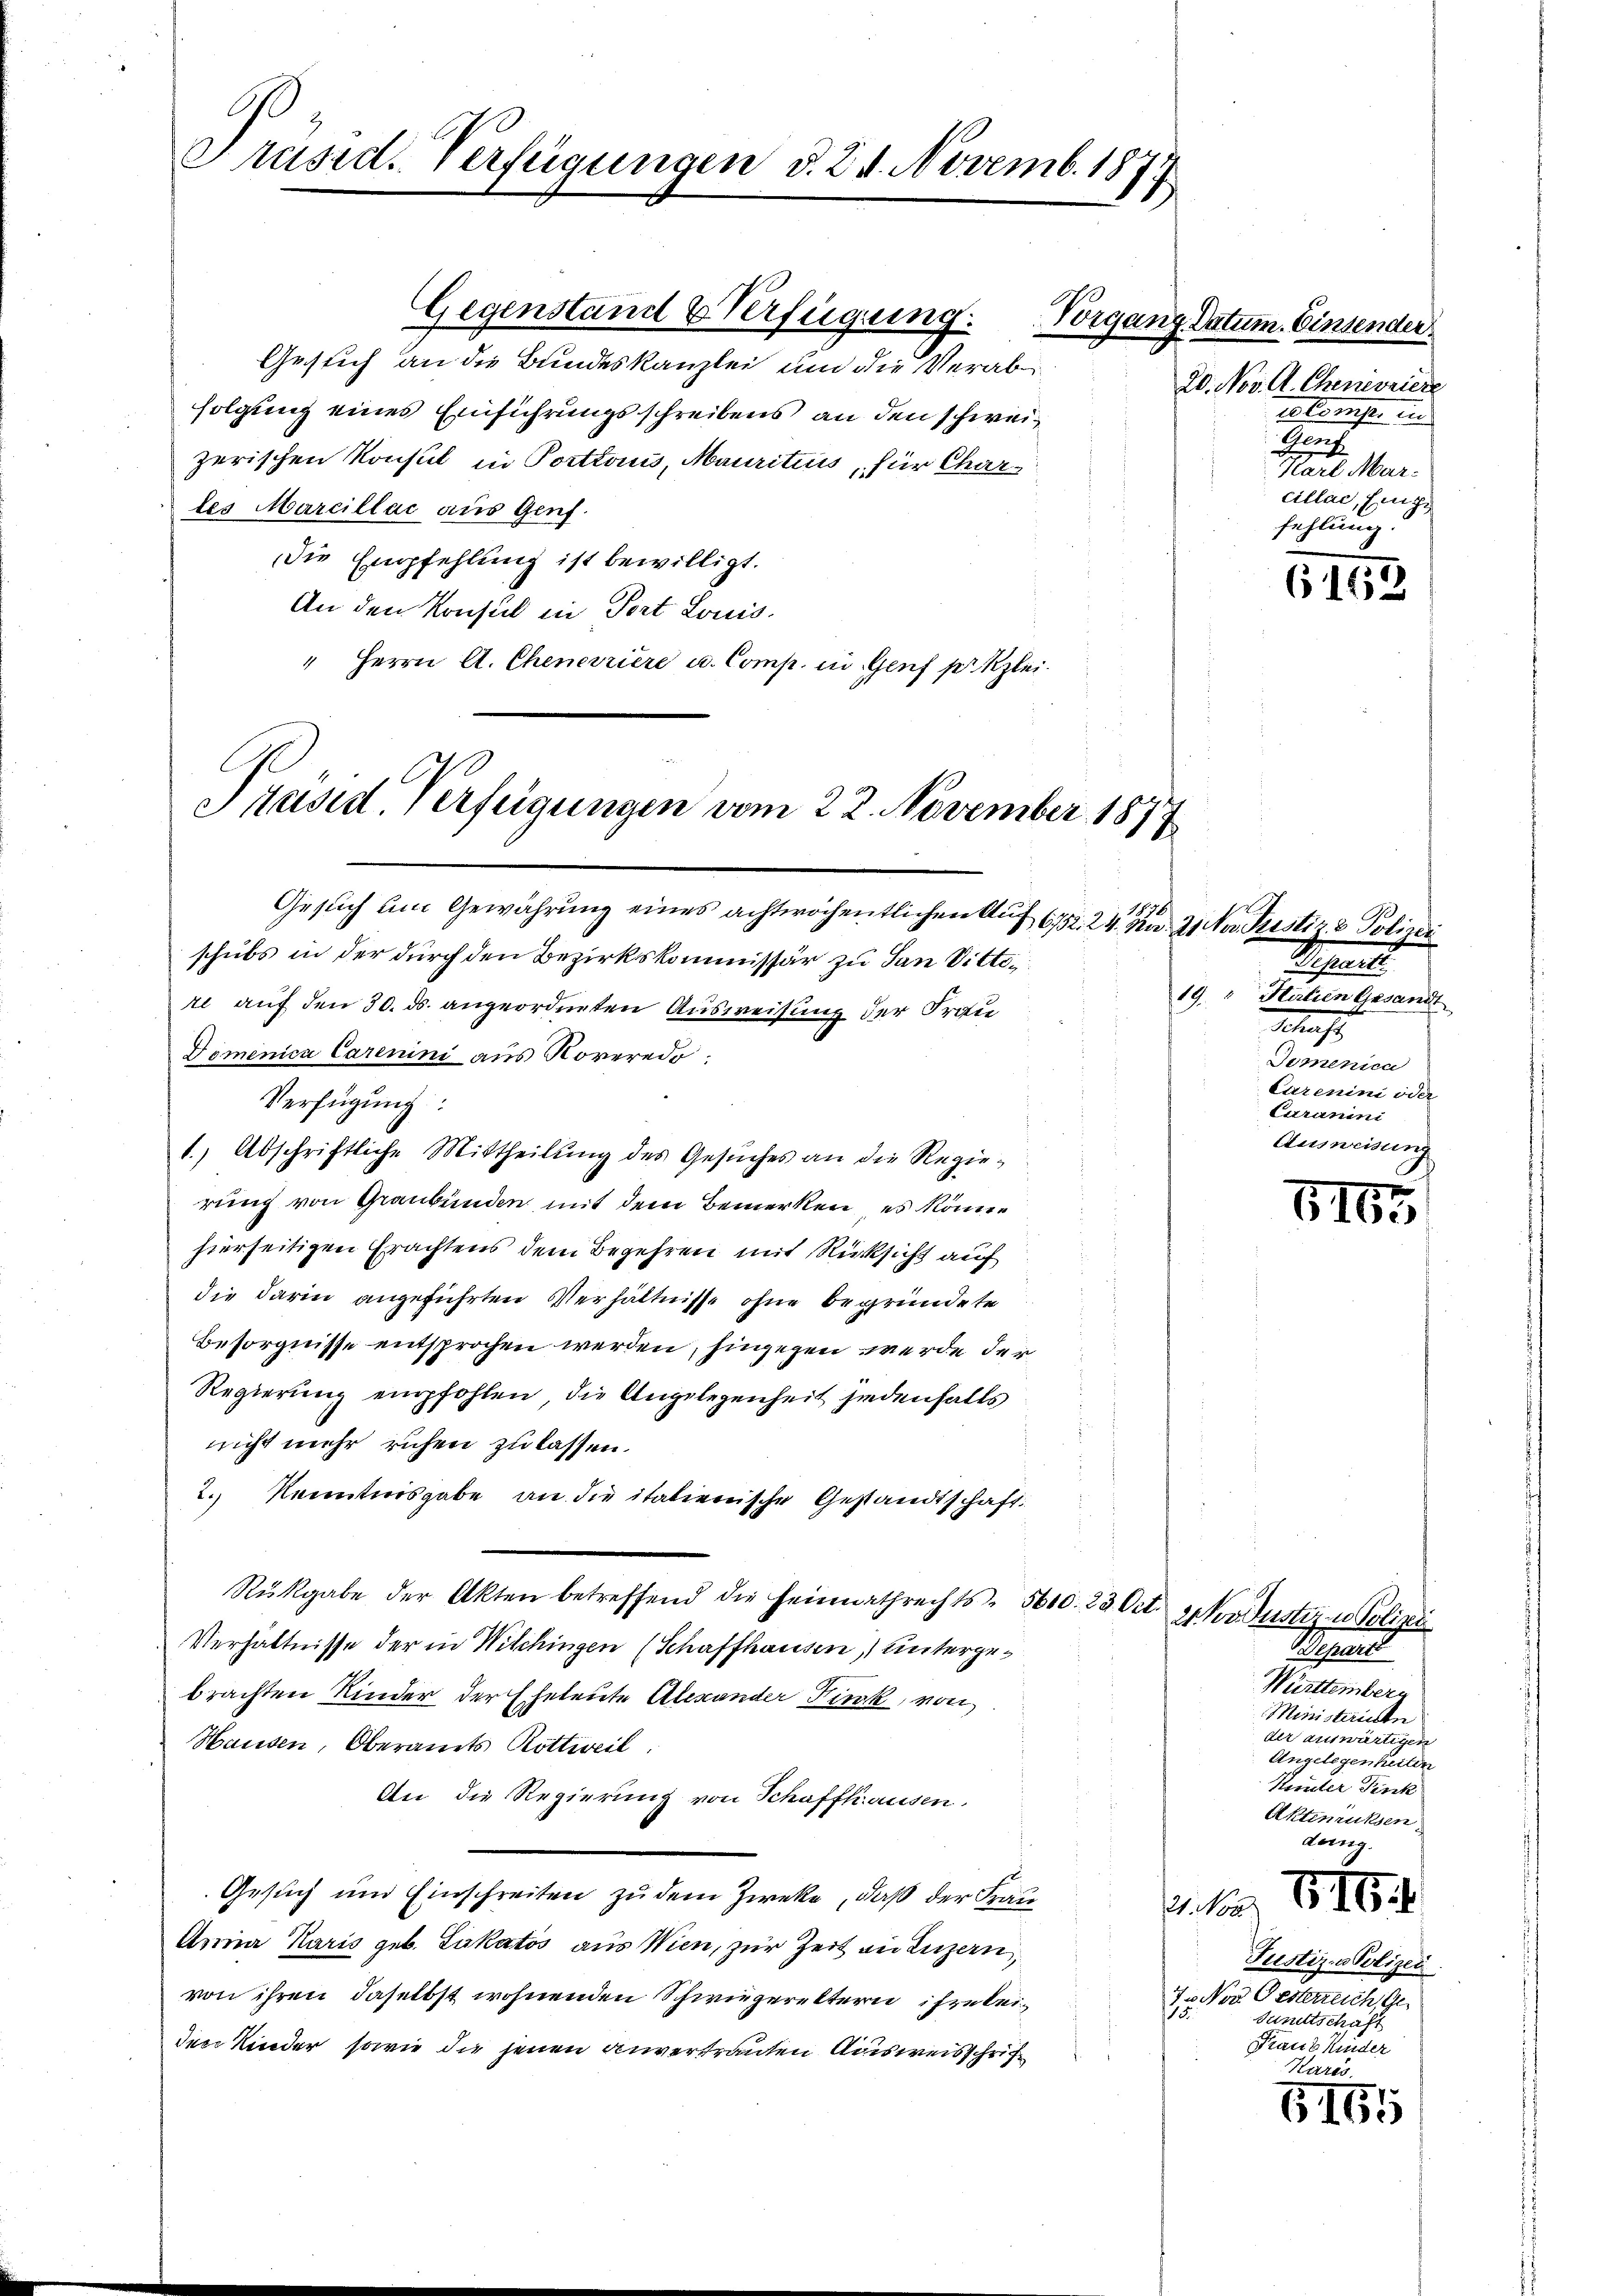
E
Präsid. Verfügungen d. 24. Novemb. 1877.

Gesich an die Bundeskanzlei und die Verabfolgung eines Einführungsschreibens an den schweizerischen Konsul in Portraus, Mauritius, für Chartes Marcillac aus Genf.
die Empfehlung ist bewilligt.
An den Konsich in Port Louis.
" Herrn A. Cheneriere u. Comp. in Genf per Klei¬

Gegenstand & Verfügung. Vorgar

Präsid. Verfügungen vom 22. November 1.

Gesuch um Gewährung eines achtwöchentlichen Auf 672. 24. d. 21 Nov. Prustiz & Polizei
schubs in der durch den Bezirkskommissär zu San Dittetl auf den 30. ds. angeordneten Ausweisung der Frau
Domenica Carenini aus Noveredo,
Verfügung:
1.) Abschriftliche Mittheilung des Gesuches an die Regierung von Graubünden mit dem Bemerken, es könne
hierseitigen Erachtens dem Begehren mit Rücksicht auf
die darin angeführten Verhältnisse ohne begründete
Besorgnisse entsprochen werden, hingegen werde der
Regierung empfohlen, die Angelegenheit siedenfalls
nicht mehr ruhen zu lassen.
2.) Kenntnisgabe an die italienische Gestandtschaft.
Rükgabe der Akten betreffend die Heimathrechts- 5610. 23 Oct. Spkovdustiz- u Polizei
Verhältnisse der in Wilchingen (Schaffhausen) untergebrachten Kinder der Eheleute Alexander Fink, von
Hausen, Oberamts Rottweil
An die Regierung von Schaffhausen.
Gesuch und Einschreiten zu dem Zweke, daß der Frau
Anna Karis geb. Lukatos aus Wien, zur Zeit an Luzern,
von ihren daselbst wohnenden Schwiegereltern ihre leiden Kinder, sowie die jenen anvertrauten Ausweisschrif¬

177

ng. Datum. Einsender
20. Nov. A. Chenevriere
Es konister un
Genf
Rat Mar.
cillac, Eing
fehlung.

6152

10.
Schen
19. Statien Gesandt
Schaft
Domenica
Exrenini oder
Curamini
Ausweisung

5 x
616.

Depart
Württemberg
Ministerinte
der auswärtigen
Angelegenheiten
Keuler Fink
Aktimuksen
dung.

21. Nov.
Justiz- & Polizei.
7 Nov. Gesterreich, Ge
15
Sanitschaft
Franz Kinder
Karés

S. 16. 1

6166